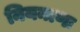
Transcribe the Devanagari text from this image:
नियन्त्रणः